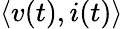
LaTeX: \langle v(t),i(t)\rangle